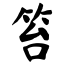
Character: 笞